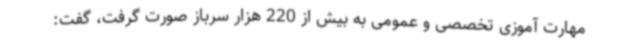
مهارت آموزی تخصصی و عمومی به بیش از 220 هزار سرباز صورت گرفت، گفت: